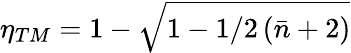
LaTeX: \eta_{TM}=1-\sqrt{1-1/2\left(\bar{n}+2\right)}